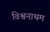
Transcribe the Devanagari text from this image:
विश्वनाथम